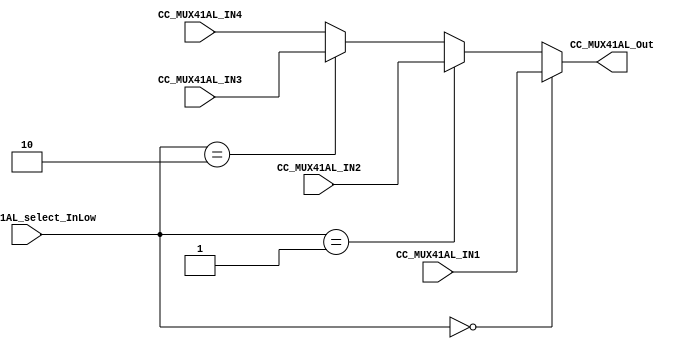
//# Copyright (C) 2018. F.E.Segura-Quijano (FES) fsegura@uniandes.edu.co
//# 
//# This program is free software: you can redistribute it and/or modify
//# it under the terms of the GNU General Public License as published by
//# the Free Software Foundation, version 3 of the License.
//#
//# This program is distributed in the hope that it will be useful,
//# but WITHOUT ANY WARRANTY; without even the implied warranty of
//# MERCHANTABILITY or FITNESS FOR A PARTICULAR PURPOSE.  See the
//# GNU General Public License for more details.
//#
//# You should have received a copy of the GNU General Public License
//# along with this program.  If not, see <http://www.gnu.org/licenses/>
//####################################################################*/
//=======================================================
//  MODULE Definition
//=======================================================
module CC_MUX41AL (

//////////// INPUTS //////////
	CC_MUX41AL_select_InLow,
	CC_MUX41AL_IN1,
	CC_MUX41AL_IN2,
	CC_MUX41AL_IN3,
	CC_MUX41AL_IN4,

//////////// OUTPUTS //////////
	CC_MUX41AL_Out
	
);
//=======================================================
//  PARAMETER declarations
//=======================================================

//=======================================================
//  PORT declarations
//=======================================================

input [1:0]	CC_MUX41AL_select_InLow;
input	CC_MUX41AL_IN1;
input	CC_MUX41AL_IN2;
input	CC_MUX41AL_IN3;
input	CC_MUX41AL_IN4;
	
output	CC_MUX41AL_Out;

//=======================================================
//  REG/WIRE declarations
//=======================================================

//=======================================================
//  Structural coding
//=======================================================
																			  
assign CC_MUX41AL_Out = (CC_MUX41AL_select_InLow == 2'b00)?CC_MUX41AL_IN1:
								(CC_MUX41AL_select_InLow == 2'b01)?CC_MUX41AL_IN2:
								(CC_MUX41AL_select_InLow == 2'b10)?CC_MUX41AL_IN3:
																			  CC_MUX41AL_IN4;	
																			  
endmodule